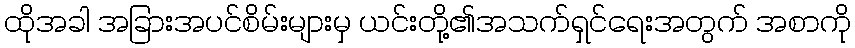
ထိုအခါ အခြားအပင်စိမ်းများမှ ယင်းတို့၏အသက်ရှင်ရေးအတွက် အစာကို